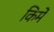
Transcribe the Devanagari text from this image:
किमें